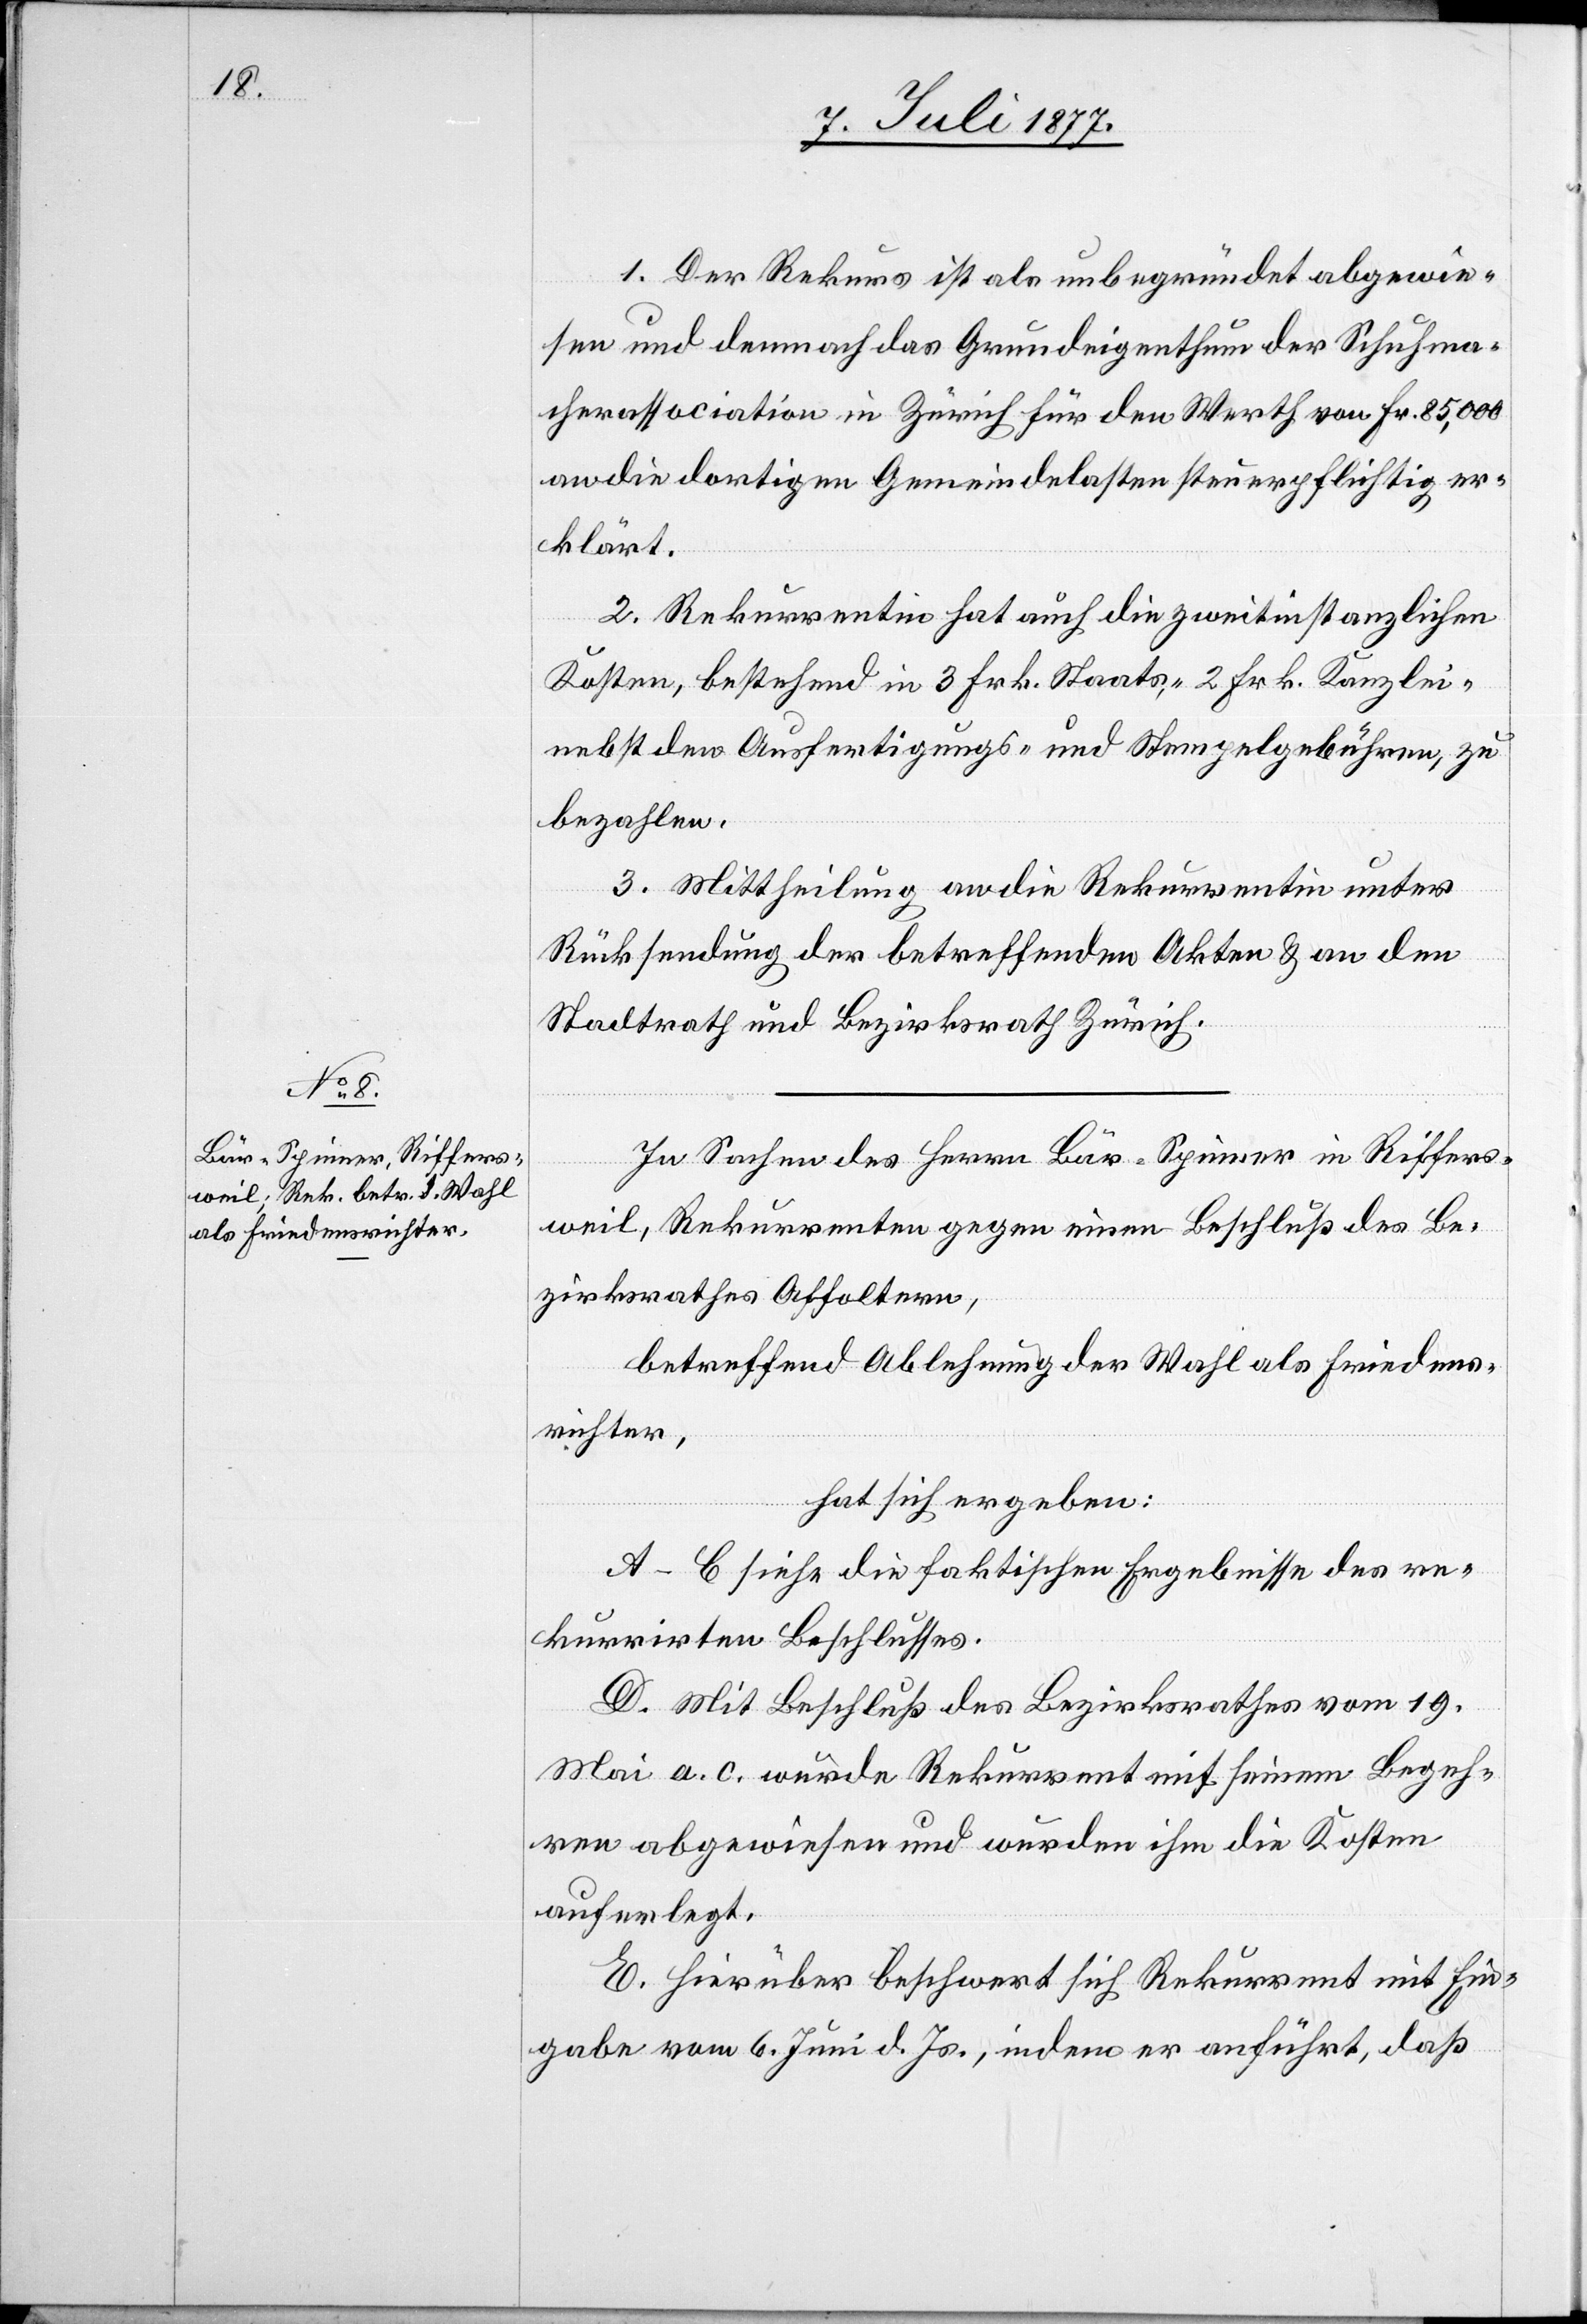
1. Der Rekurs ist als unbegründet abgewie¬
sen und demnach das Grundeigenthum der Schuhma¬
cherassociation in Zürich für den Werth von Fr. 85,000
an die dortigen Gemeindelasten steuerpflichtig er¬
klärt.
2. Rekurrentin hat auch die zweitinstanzlichen
Kosten, bestehend in 3 Frk. Staats-, 2 Frk. Kanzlei-[,]
nebst den Ausfertigungs- und Stempelgebühren, zu
bezahlen.
3. Mittheilung an die Rekurrentin unter
Rücksendung der betreffenden Akten & an den
Stadtrath und Bezirksrath Zürich.
In Sachen des Herrn Bär-Spinner in Riffers¬
weil, Rekurrenten gegen einen Beschluß des Be¬
zirksrathes Affoltern,
betreffend Ablehnung der Wahl als Friedens¬
richter,
hat sich ergeben:
A–C siehe die faktischen Ergebnisse des re¬
kurrirten Beschlusses.
D. Mit Beschluß des Bezirksrathes vom 19.
Mai a. c. wurde Rekurrent mit seinem Begeh¬
ren abgewiesen und wurden ihm die Kosten
auferlegt.
E. Hierüber beschwert sich Rekurrent mit Ein¬
gabe vom 6. Juni d. Js., indem er anführt, daß